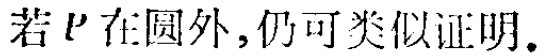
若\(P\)在圆外,仍可类似证明.